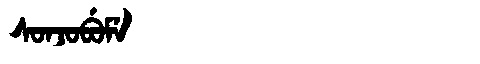
Manchu: ᠰᠣᠨᠵᠣᠪᡠᠮᡝ
Romanization: SONJOBUME